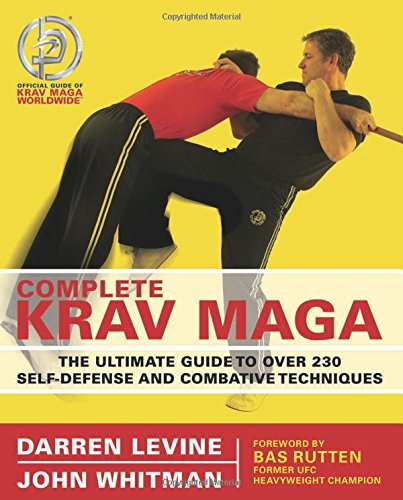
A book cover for Complete Krav Maga: The Ultimate Guide to Over 230 Self-Defense and Combative Techniques; Darren Levine; Sports & Outdoors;